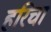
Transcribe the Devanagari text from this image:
हरिचा